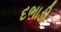
દભાડી